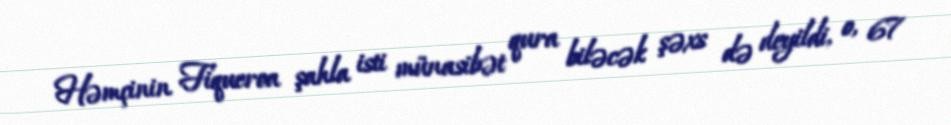
Həmçinin Fiqueroa şahla isti münasibət qura biləcək şəxs də deyildi, o, 67